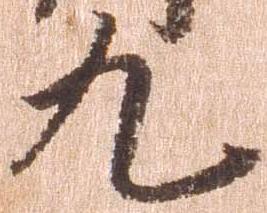
九